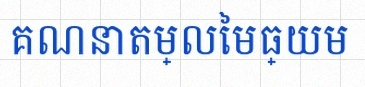
គណនាតម្លៃមធ្យម